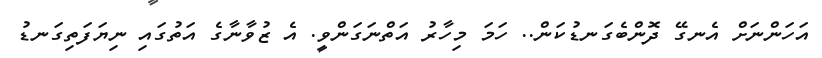
އަހަންނަށް އެނގޭ ދޮންބެގަނޑުކަން.. ހަމަ މިހާރު އަތްނަގަންވީ. އެ ޒުވާނާގެ އަތުގައި ނިޔަފަތިގަނޑު